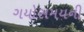
ગયોસમયની